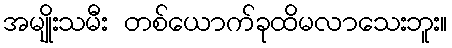
အမျိုးသမီး တစ်ယောက်ခုထိမလာသေးဘူး။